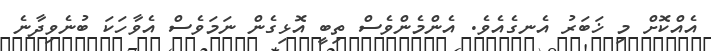
އެއްކޮށް މި ޚަބަރު އެނގެއެވެ. އެންމެންވެސް ތިބީ އޮޅިގެން ނަމަވެސް އެވާހަކަ ބުނެވިދާނެ